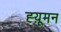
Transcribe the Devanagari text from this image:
ह्य़ूमन